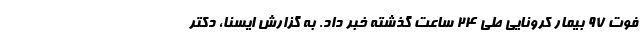
فوت ۹۷ بیمار کرونایی طی ۲۴ ساعت گذشته خبر داد. به گزارش ایسنا، دکتر